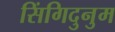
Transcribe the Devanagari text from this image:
सिंगिदुनुम